Indian journal of veterinary science and animal husbandry - Volume 1,
Year: 1931
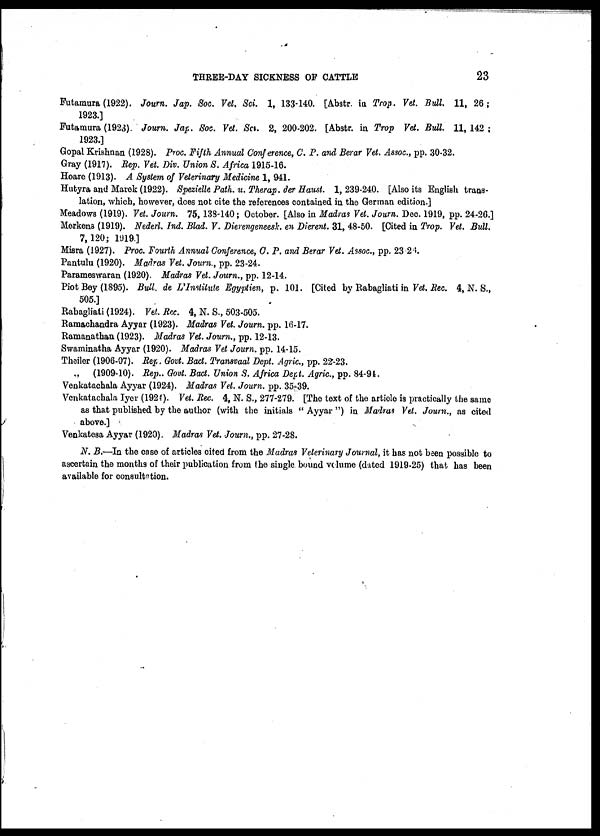
THREE-DAY SICKNESS OF CATTLE
23
Futamura (1922). Journ. Jap. Soc. Vet. Sci. 1, 133-140. [Abstr. in Trop. Vet. Bull. 11, 26 ;
1923.]
Futamura (1923). Journ. Jap. Soc. Vet. Sci. 2, 200-202. [Abstr. in Trop Vet. Bull. 11, 142 ;
1923.]
Gopal Krishnan (1928). Proc. Fifth Annual Conference, C. P. and Berar Vet. Assoc., pp. 30-32.
Gray (1917). Rep. Vet. Div. Union S. Africa 1915-16.
Hoare (1913). A System of Veterinary Medicine 1, 941.
Hutyra and Marek (1922). Spezielle Path. u. Therap. der Haust. 1, 239-240. [Also its English trans-
lation, which, however, does not cite the references contained in the German edition.]
Meadows (1919). Vet. Journ. 75, 138-140; October. [Also in Madras Vet. Journ. Dec. 1919, pp. 24-26.]
Merkens (1919). Ncderl. Ind. Blad. V. Dierengeneesk. en Dierent. 31, 48-50. [Cited in Trop. Vet. Bull.
7, 120; 1919.]
Misra (1927). Proc. Fourth Annual Conference, C. P. and Berar Vet. Assoc., pp. 23-26.
Pantulu (1920). Madras Vet. Journ., pp. 23-24.
Parameswaran (1920). Madras Vet. Journ., pp. 12-14.
Piot Bey (1895). Bull. de L'Institute Egyptien, p. 101. [Cited by Rabagliati in Vet. Rec. 4, N. S.,
505.]
Rabagliati (1924). Vet. Rec. 4, N. S., 503-505.
Ramachandra Ayyar (1923). Madras Vet. Journ. pp. 16-17.
Ramanathan (1923). Madras Vet. Journ., pp. 12-13.
Swaminatha Ayyar (1920). Madras Vet Journ. pp. 14-15.
Theiler (1906-07). Rep. Govt. Bact. Transvaal Dept. Agric., pp. 22-23.
„ (1909-10). Rep.. Govt. Bact. Union S. Africa Dept. Agric., pp. 84-94.
Venkatachala Ayyar (1924). Madras Vet. Journ. pp. 35-39.
Venkatachala Iyer (1924). Vet. Rec. 4, N. S., 277-279. [The text of the article is practically the same
as that published by the author (with the initials " Ayyar ") in Madras Vet. Journ., as cited
above.]
Venkatesa Ayyar (1920). Madras Vet. Journ., pp. 27-28.
N. B.—In the case of articles cited from the Madras Veterinary Journal, it has not been possible to
ascertain the months of their publication from the single bound volume (dated 1919-25) that has been
available for consultation.